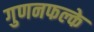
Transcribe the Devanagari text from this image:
गुणनफल्के